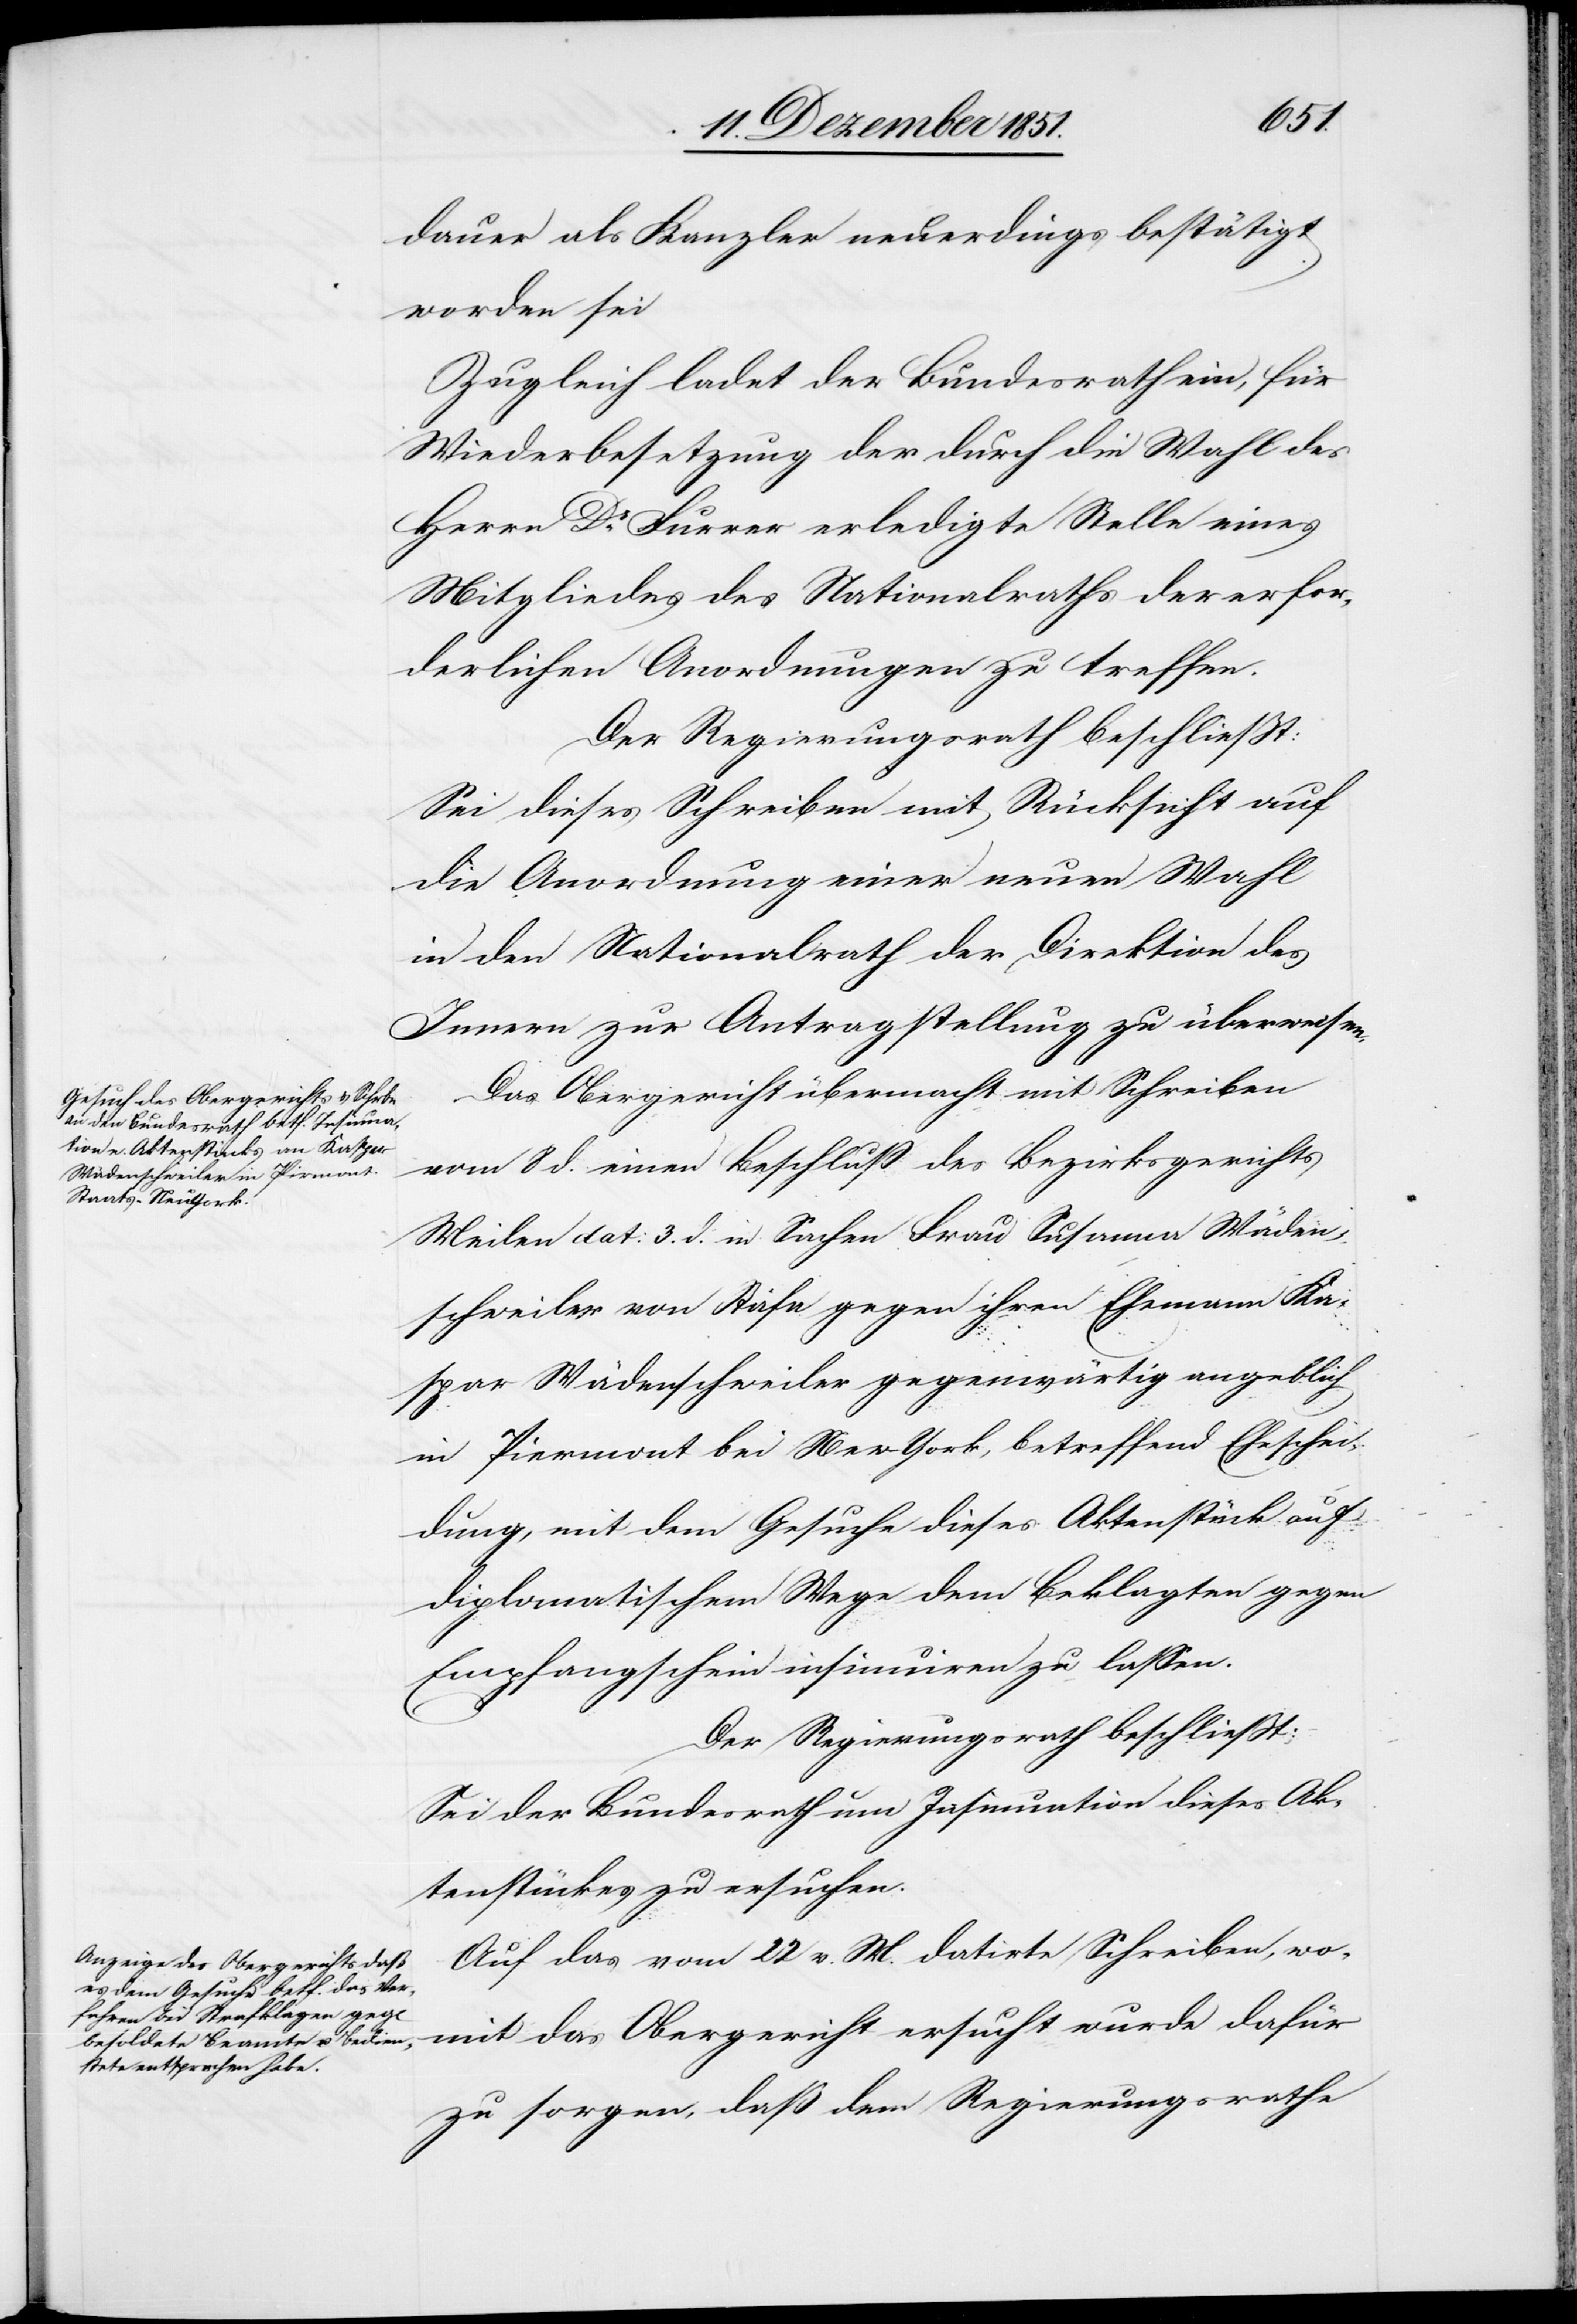
dauer als Kanzler neuerdings bestätigt
worden sei
Zugleich ladet der Bundesrath ein, für
Wiederbesetzung der durch die Wahl des
Herrn Dr. Furrer erledigte Stelle eines
Mitgliedes des Nationalraths der [recte:
derlichen Anordnungen zu treffen.
Der Regierungsrath beschließt:
Sei dieses Schreiben mit Rücksicht auf
die Anordnung einer neuen Wahl
in den Nationalrath der Direktion des
Innern zur Antragstellung zu überweisen.
Das Obergericht übermacht mit Schreiben
erfor¬
vom 8 d. einen Beschluß des Bezirksgerichts
Meilen dat: 3. d. in Sachen Frau Susanna Wäden¬
schweiler von Stäfa gegen ihren Ehemann Ka¬
spar Wädenschweiler gegenwärtig angeblich
in Piermont bei New-York, betreffend Eheschei¬
dung, mit dem Gesuche dieses Aktenstück auf
diplomatischem Wege dem Beklagten gegen
Empfangschein insinuiren zu lassen.
Der Regierungsrath beschließt:
Sei der Bundesrath um Insinuation dieses Ak¬
tenstückes zu ersuchen.
Auf das vom 22 v. M. datirte Schreiben, wo¬
mit das Obergericht ersucht wurde dafür
zu sorgen, daß dem Regierungsrathe